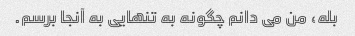
بله، من می دانم چگونه به تنهایی به آنجا برسم.